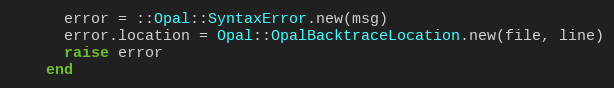
Language: Ruby
      error = ::Opal::SyntaxError.new(msg)
      error.location = Opal::OpalBacktraceLocation.new(file, line)
      raise error
    end